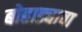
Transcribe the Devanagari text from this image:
बोहाड्याचा